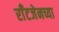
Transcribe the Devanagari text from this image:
राँटजेनच्या